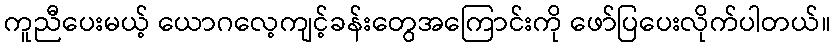
ကူညီပေးမယ့် ယောဂလေ့ကျင့်ခန်းတွေအကြောင်းကို ဖော်ပြပေးလိုက်ပါတယ်။